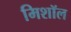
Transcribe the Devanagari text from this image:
मिशॉल